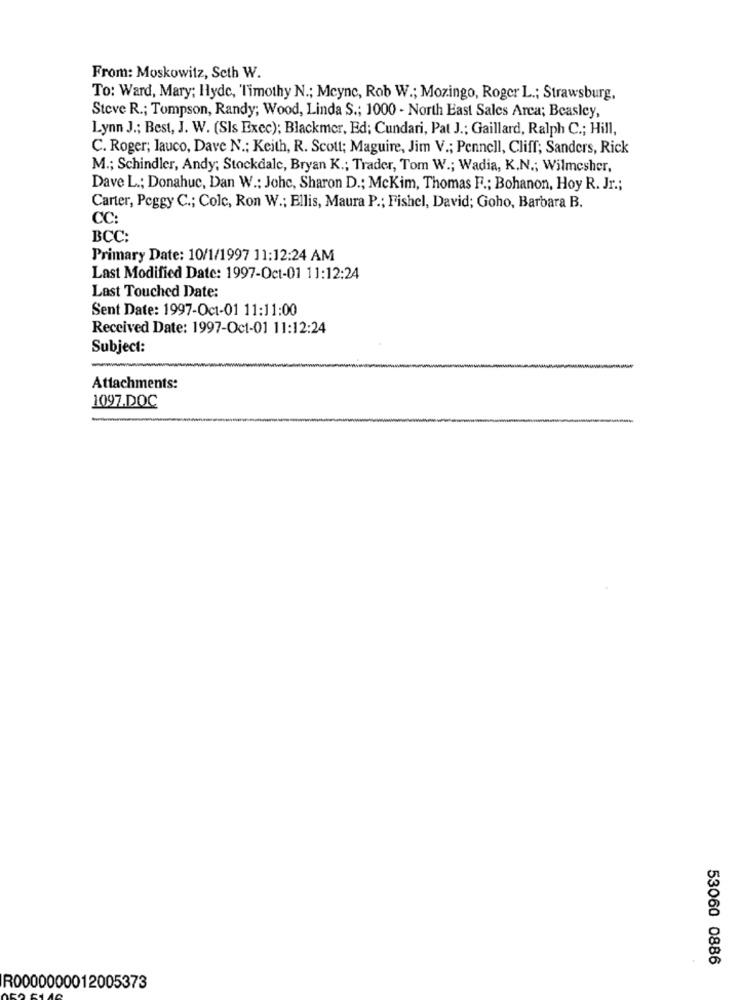
From: Moskowitz, Seth W.
To: Ward, Mary; Hyde, Timothy N .; Mcync, Rob W .; Mozingo, Roger L .; Strawsburg,
Steve R .; Tompson, Randy; Wood, Linda S .; 1000 - North East Sales Arca; Beasley,
Lynn J .; Best, J. W. (Sls Exec); Blackmer, Ed; Cundari, Pat J .; Gaillard, Ralph C .; Hill,
C. Roger; lauco, Dave N .; Keith, R. Scott; Maguire, Jim V .; Pennell, Cliff; Sanders, Rick
M .; Schindler, Andy; Stockdale, Bryan K .; Trader, Tom W .; Wadia, K.N .; Wilmesher,
Dave L .; Donahuc, Dan W .: Johc, Sharon D .; McKim, Thomas F .; Bohanon, Hoy R. Jr .;
Carter, Peggy C .; Colc, Ron W .; Ellis, Maura P .; Fishel, David; Goho, Barbara B.
CC:
BCC:
Primary Date: 10/1/1997 11:12:24 AM
Last Modified Date: 1997-Oct-01 11:12:24
Last Touched Date:
Sent Date: 1997-Oct-01 11:11:00
Received Date: 1997-Oct-01 11:12:24
Subject:
Attachments:
1097.DOC
53060 0886
R0000000012005373